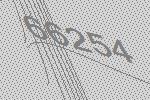
66254